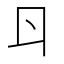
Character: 𠁾